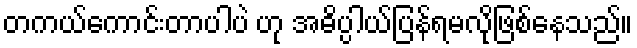
တကယ်ကောင်းတာပါပဲ ဟု အဓိပ္ပါယ်ပြန်ရမလိုဖြစ်နေသည်။